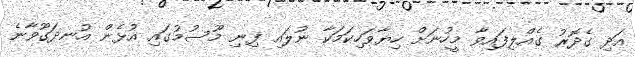
އަދި ގެދޮރު ގެއްލިފައިވާ މީހުނަށް ހިޔާވަހިކަމަކާ ނުލައި ފިނި މޫސުމުގައި އުޅެން އުނދަގޫވާނެ